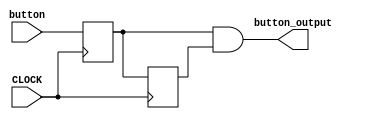
`timescale 1ns / 1ps
//////////////////////////////////////////////////////////////////////////////////
// Company: 
// Engineer: 
// 
// Design Name: 
// Module Name: debouncer
// Project Name: 
// Target Devices: 
// Tool Versions: 
// Description: 
// 
// Dependencies: 
// 
// Revision:
// Revision 0.01 - File Created
// Additional Comments:
// 
//////////////////////////////////////////////////////////////////////////////////


module debouncer(
    input button, CLOCK,
    output button_output
    );
    //Use 1000Hz Clock input 
    reg first_out = 0, second_out = 0;
    assign button_output = first_out && second_out;
    always @(posedge CLOCK) begin
        first_out <= button; //1 D-FF
        second_out <= first_out; //2nd D-FF
    end

endmodule